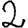
Digit: 2